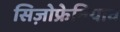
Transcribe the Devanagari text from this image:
सिज़ोफ्रेनियाव